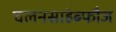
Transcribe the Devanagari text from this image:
चलनसाहेब्फौज